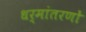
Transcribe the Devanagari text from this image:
धर्मांतरणों